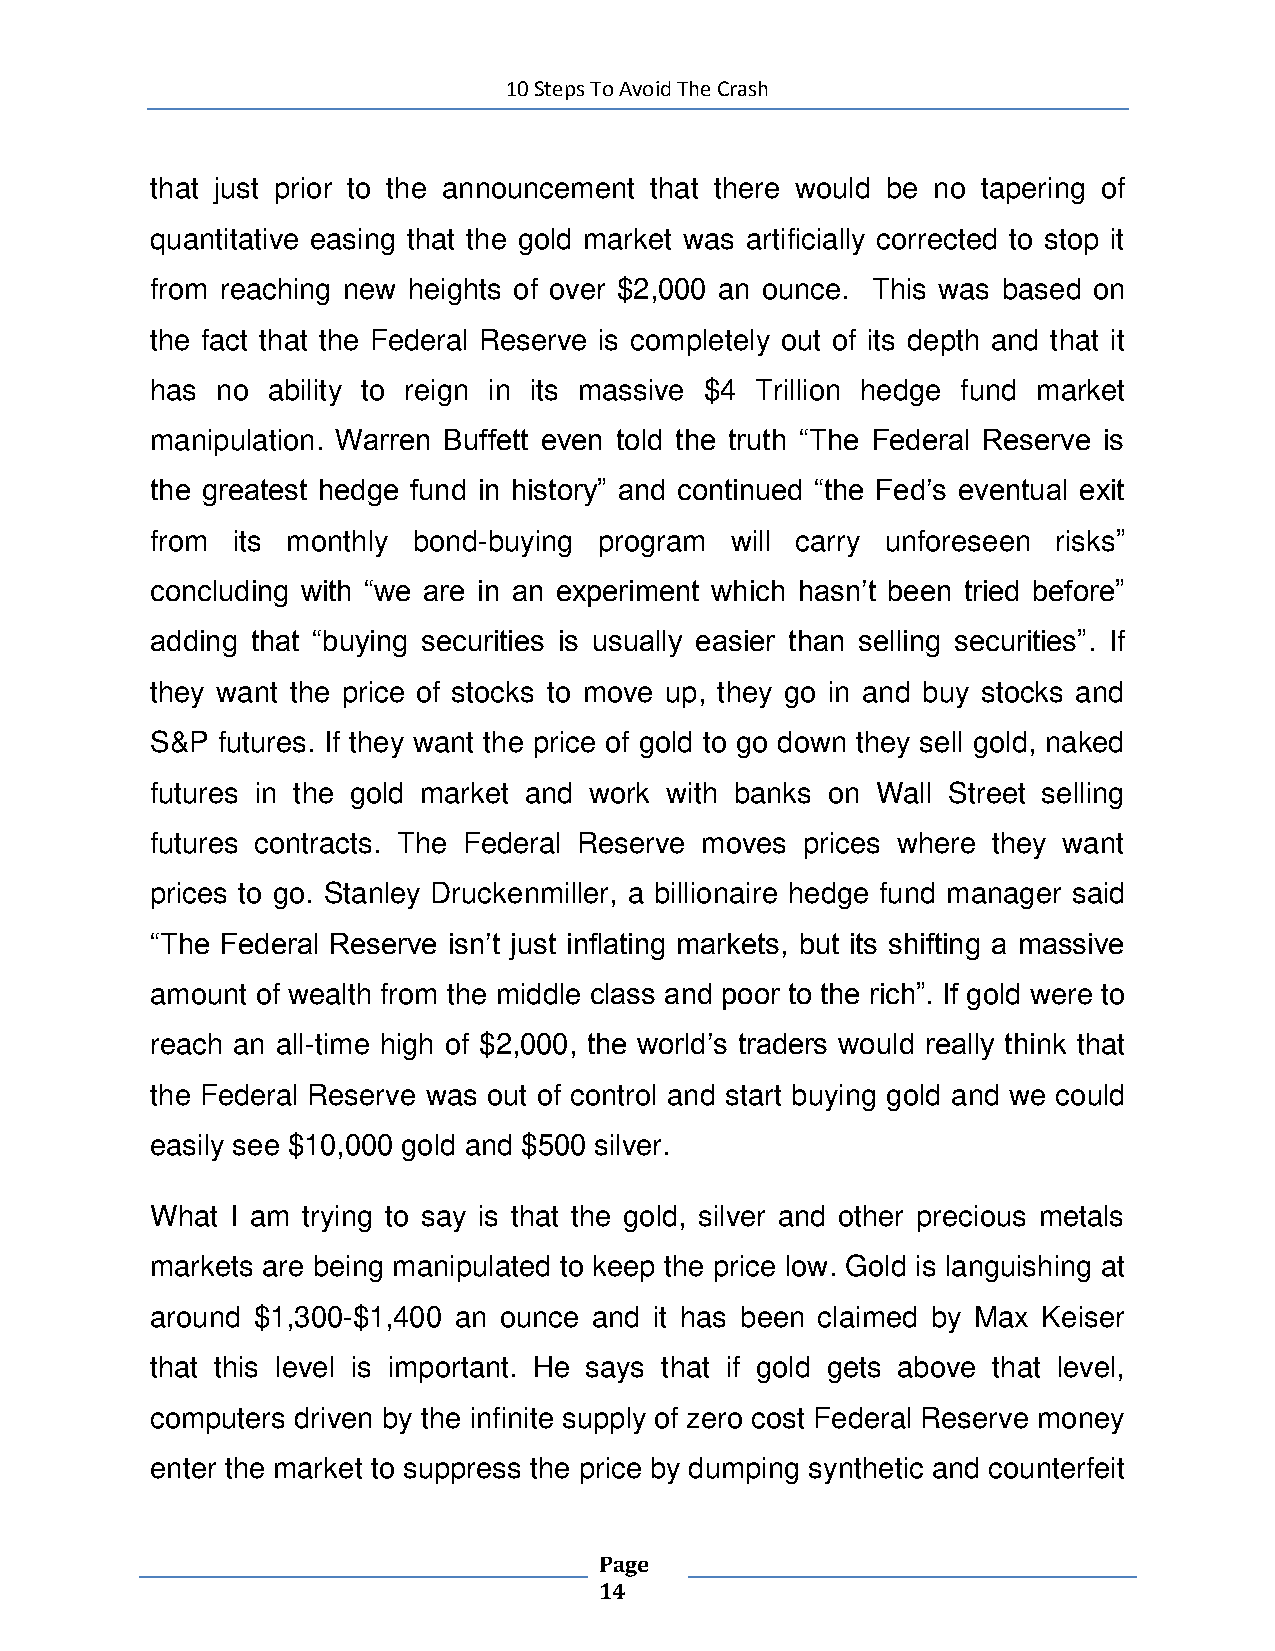
10 Steps To Avoid The Crash
 that just prior to the announcement that there would be no tapering of
 quantitative easing that the gold market was artificially corrected to stop it
 from reaching new heights of over $2,000 an ounce. This was based on
 the fact that the Federal Reserve is completely out of its depth and that it
 has no  ability to reign in its massive $4 Trillion hedge fund market
 manipulation. Warren Buffett even told the truth “The Federal Reserve is
 the greatest hedge fund in history” and continued “the Fed’s eventual exit
 from its monthly bond-buying  program will carry unforeseen risks”
 concluding with “we are in an experiment which hasn’t been tried before”
 adding that “buying securities is usually easier than selling securities”. If
 they want the price of stocks to move up, they go in and buy stocks and
 S&P futures. If they want the price of gold to go down they sell gold, naked
 futures in the gold market and work with banks on Wall Street selling
 futures contracts. The Federal Reserve moves prices where they want
 prices to go. Stanley Druckenmiller, a billionaire hedge fund manager said
 “The Federal Reserve isn’t just inflating markets, but its shifting a massive
 amount of wealth from the middle class and poor to the rich”. If gold were to
 reach an all-time high of $2,000, the world’s traders would really think that
 the Federal Reserve was out of control and start buying gold and we could
 easily see $10,000 gold and $500 silver.
 What I am trying to say is that the gold, silver and other precious metals
 markets are being manipulated to keep the price low. Gold is languishing at
 around $1,300-$1,400 an ounce and it has been claimed by Max Keiser
 that this level is important. He says that if gold gets above that level,
 computers driven by the infinite supply of zero cost Federal Reserve money
 enter the market to suppress the price by dumping synthetic and counterfeit
 Page
 14